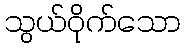
သွယ်ဝိုက်သော